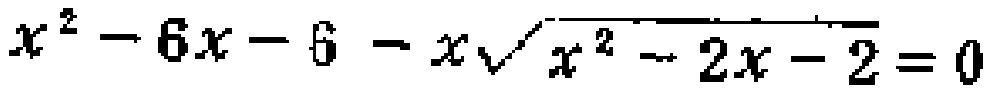
\(x^{2}-6x - 6 - x\sqrt{x^{2}-2x - 2}=0\)